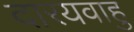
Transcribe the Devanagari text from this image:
दारयवाहु